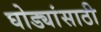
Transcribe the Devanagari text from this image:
घोड्यांसाठी